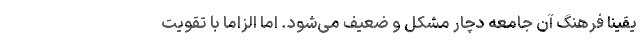
یقیناً فرهنگ آن جامعه دچار مشکل و ضعیف می‌شود. اما الزاماً با تقویت